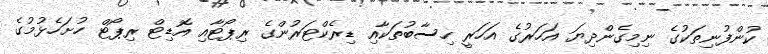
ކުންފުނިތަކުގެ ނިމިގެންދިޔަ އަހަރުގެ އަހަރީ ހިސާބުތަކާއި ޑިރެކްޓަރުންގެ ރިޕޯޓާއި އޮޑިޓް ރިޕޯޓް ހުށަހެޅުމުގެ